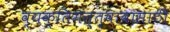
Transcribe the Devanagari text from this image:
व्यक्तिमत्त्वावासाठी